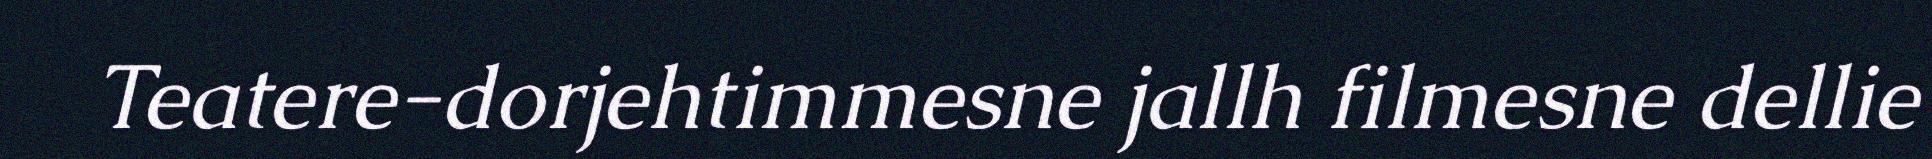
Teatere-dorjehtimmesne jallh filmesne dellie